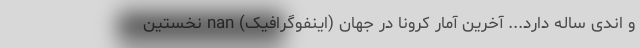
و اندی ساله دارد... آخرین آمار کرونا در جهان (اینفوگرافیک) nan نخستین